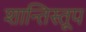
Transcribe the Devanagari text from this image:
शान्तिस्‍तूप